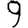
Digit: 9